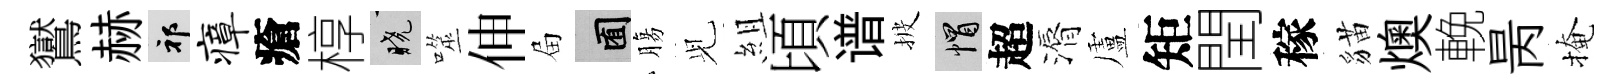
鸑赫祁瘴瘡椁曉噬伸屇囿膓𫤗組頃谱披帽超漘盧矩閏稼貓燠輓昺掩